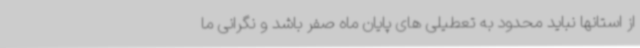
از استانها نباید محدود به تعطیلی های پایان ماه صفر باشد و نگرانی ما